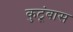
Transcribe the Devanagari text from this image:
कुटूंबास